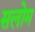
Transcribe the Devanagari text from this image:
सलोम